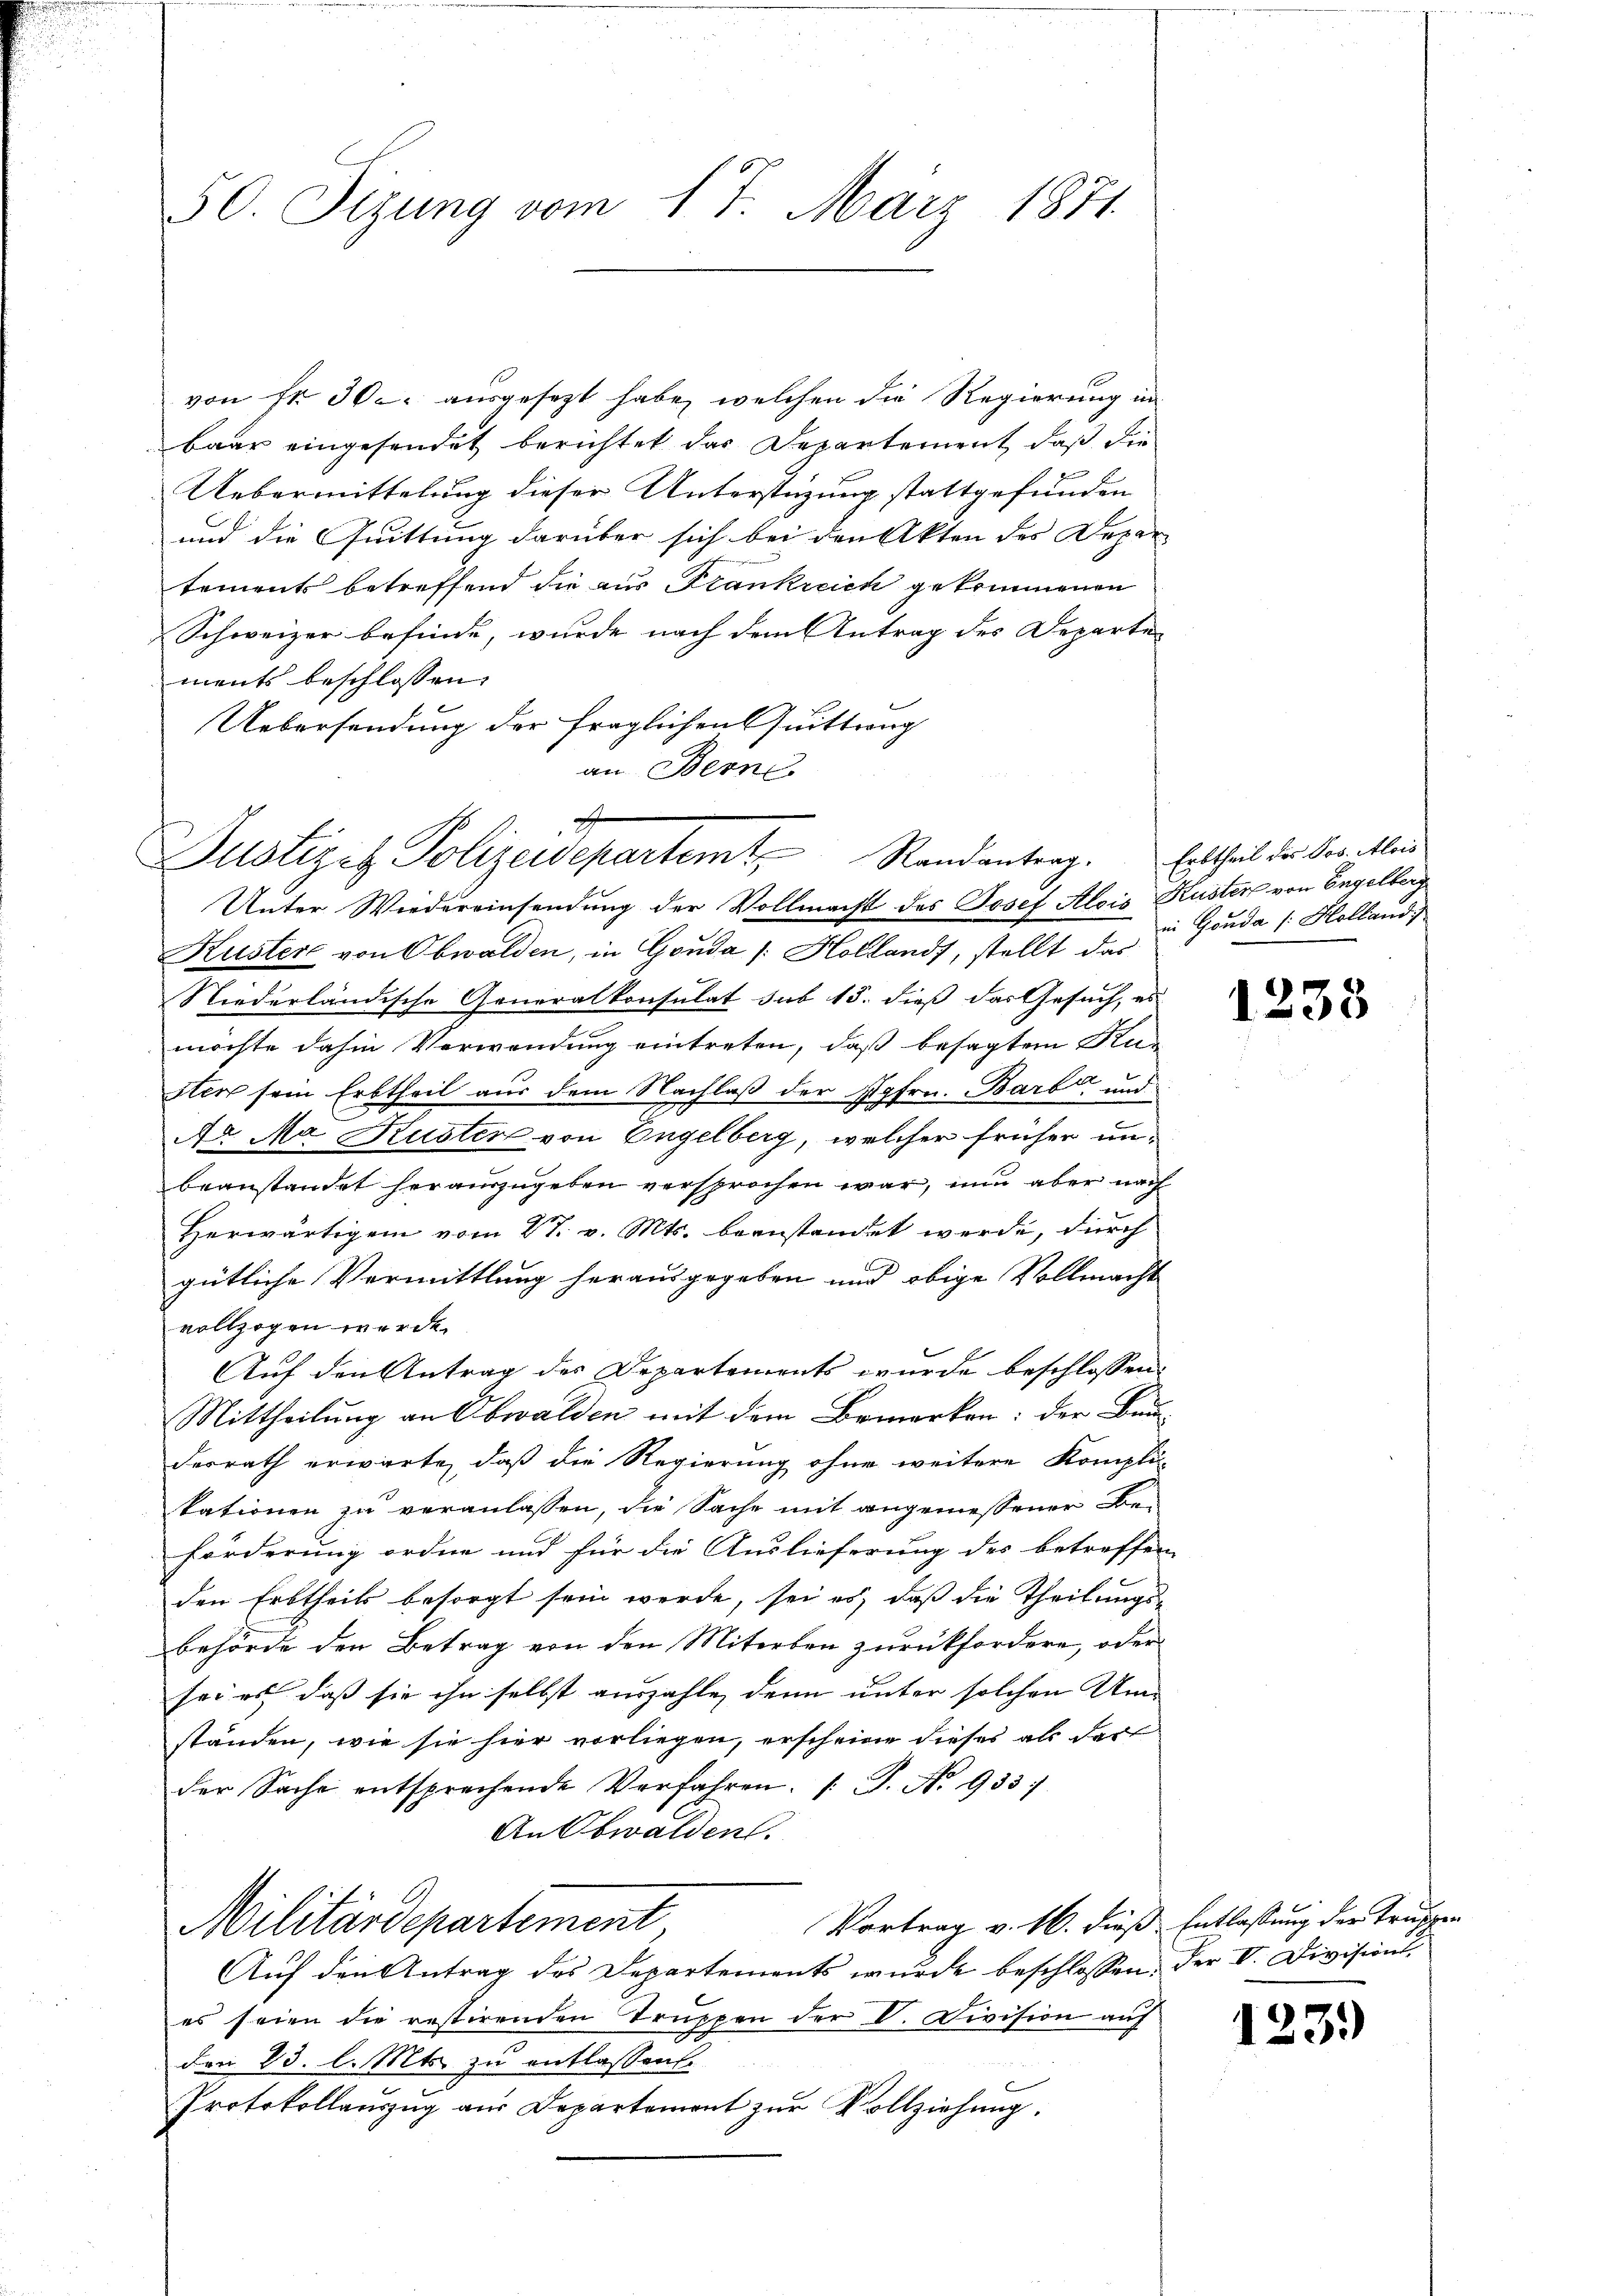
50. Sizung vom 17. März 1871.

von Nr. 30. ausgesezt habe, welchen die Regierung in
baar eingesendet berichtet das Departement, daß die
Uebermittelung dieser Unterstüzung stattgefunden
und die Quittung darüber sich bei den Akten des Depar
tements betreffend die aus Frankreich gekommenen
Schweizer befinde, wurde nach dem Antrag des Departe
ments beschlossen,
Uebersendung der fraglichen Quittung
an Berne
Kuster von Obwalden, in Gouda [Hollands, stellt das
Niederländische Generalkonsulat sub 15. dieß das Gesuch, es
e
möchte dahin Verwendung eintreten, daß besagten Kun
sten sein Erbtheil aus dem Nachlaß der Hofrn. Barb und
Ao Ma Kuster von Engelberg, welcher früher unbeanstandet herauszugeben versprochen war, nun aber nach
Herwärtigem vom 27. v. Mts. beanstandet werde, durch
gütliche Vermittlung herausgegeben und obige Vollmacht
vollzogen werde.
Auf den Antrag des Departements wurde beschlossen:
Mittheilung an Obwalden mit dem Bemerken: der Bau-
desrath erwarte, daß die Regierung ohne weitere Kompli-
kationen zu veranlassen, die Sache mit angemessener Bei
förderung ordne und für die Auslieferung des betreffen
den Erbtheils besorgt sein werde, sei es, daß die Theilungs-
behörde den Betrag von den Miterben zurückfordere, oder
sei es, daß sie ihn selbst auszahle, denn unter solchen Umständen, wie sie hier vorliegen, erscheine dieses als darf
der Sache entsprechende Verfahren. /: J. No. 933)
An Obwalden.
Vortrag v. 16. dieß Entlassung der Truppen
Militärdepartement
Auf den Antrag des Departements wurde beschlossen, der V. Division,
es seien die restirenden Truppen der V. Division auf
den 23. l. Mts. zu entlassen.
Protokollauszug aus Departement zur Vollziehung.

F
Justizet Polizeidepartem Randantrag. Erbtheil des Sos. Alois
Unter Wiedereinsendung der Vollmacht des Josef Alois Kuster von Engelberg

in Gouda /: Holland

1238

123.)